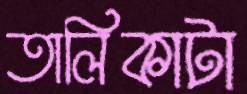
তালিকাটা